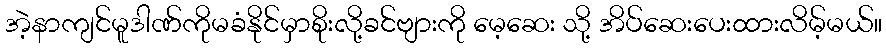
အဲ့နာကျင်မူဒါဏ်ကိုမခံနိုင်မှာစိုးလို့ခင်ဗျားကို မေ့ဆေး သို့ အိပ်ဆေးပေးထားလိမ့်မယ်။